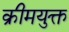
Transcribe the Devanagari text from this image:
क्रीमयुक्त